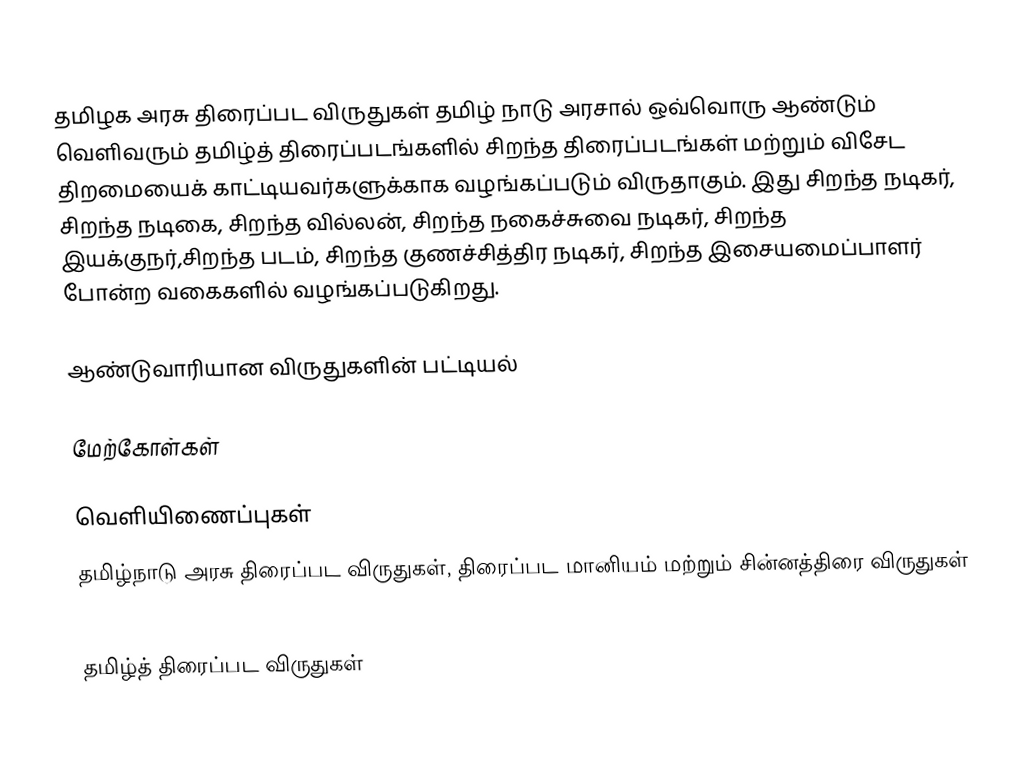
தமிழக அரசு திரைப்பட விருதுகள் தமிழ் நாடு அரசால் ஒவ்வொரு ஆண்டும் வெளிவரும் தமிழ்த் திரைப்படங்களில் சிறந்த திரைப்படங்கள் மற்றும் விசேட திறமையைக் காட்டியவர்களுக்காக வழங்கப்படும் விருதாகும். இது சிறந்த நடிகர், சிறந்த நடிகை, சிறந்த வில்லன், சிறந்த நகைச்சுவை நடிகர், சிறந்த இயக்குநர்,சிறந்த படம், சிறந்த குணச்சித்திர நடிகர், சிறந்த இசையமைப்பாளர் போன்ற வகைகளில் வழங்கப்படுகிறது.

ஆண்டுவாரியான விருதுகளின் பட்டியல்

மேற்கோள்கள்

வெளியிணைப்புகள்
தமிழ்நாடு அரசு திரைப்பட விருதுகள், திரைப்பட மானியம் மற்றும் சின்னத்திரை விருதுகள்

தமிழ்த் திரைப்பட விருதுகள்